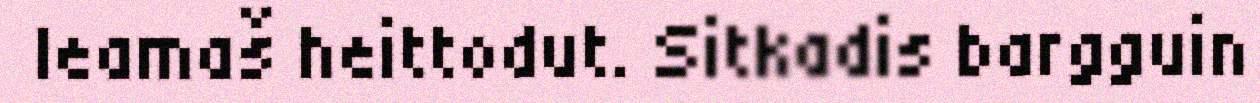
leamaš heittodut. Sitkadis bargguin